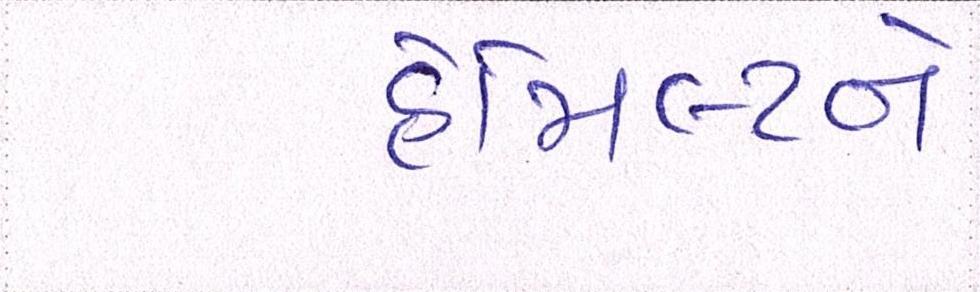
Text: હેમિલ્ટને